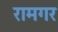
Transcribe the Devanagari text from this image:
रामगर